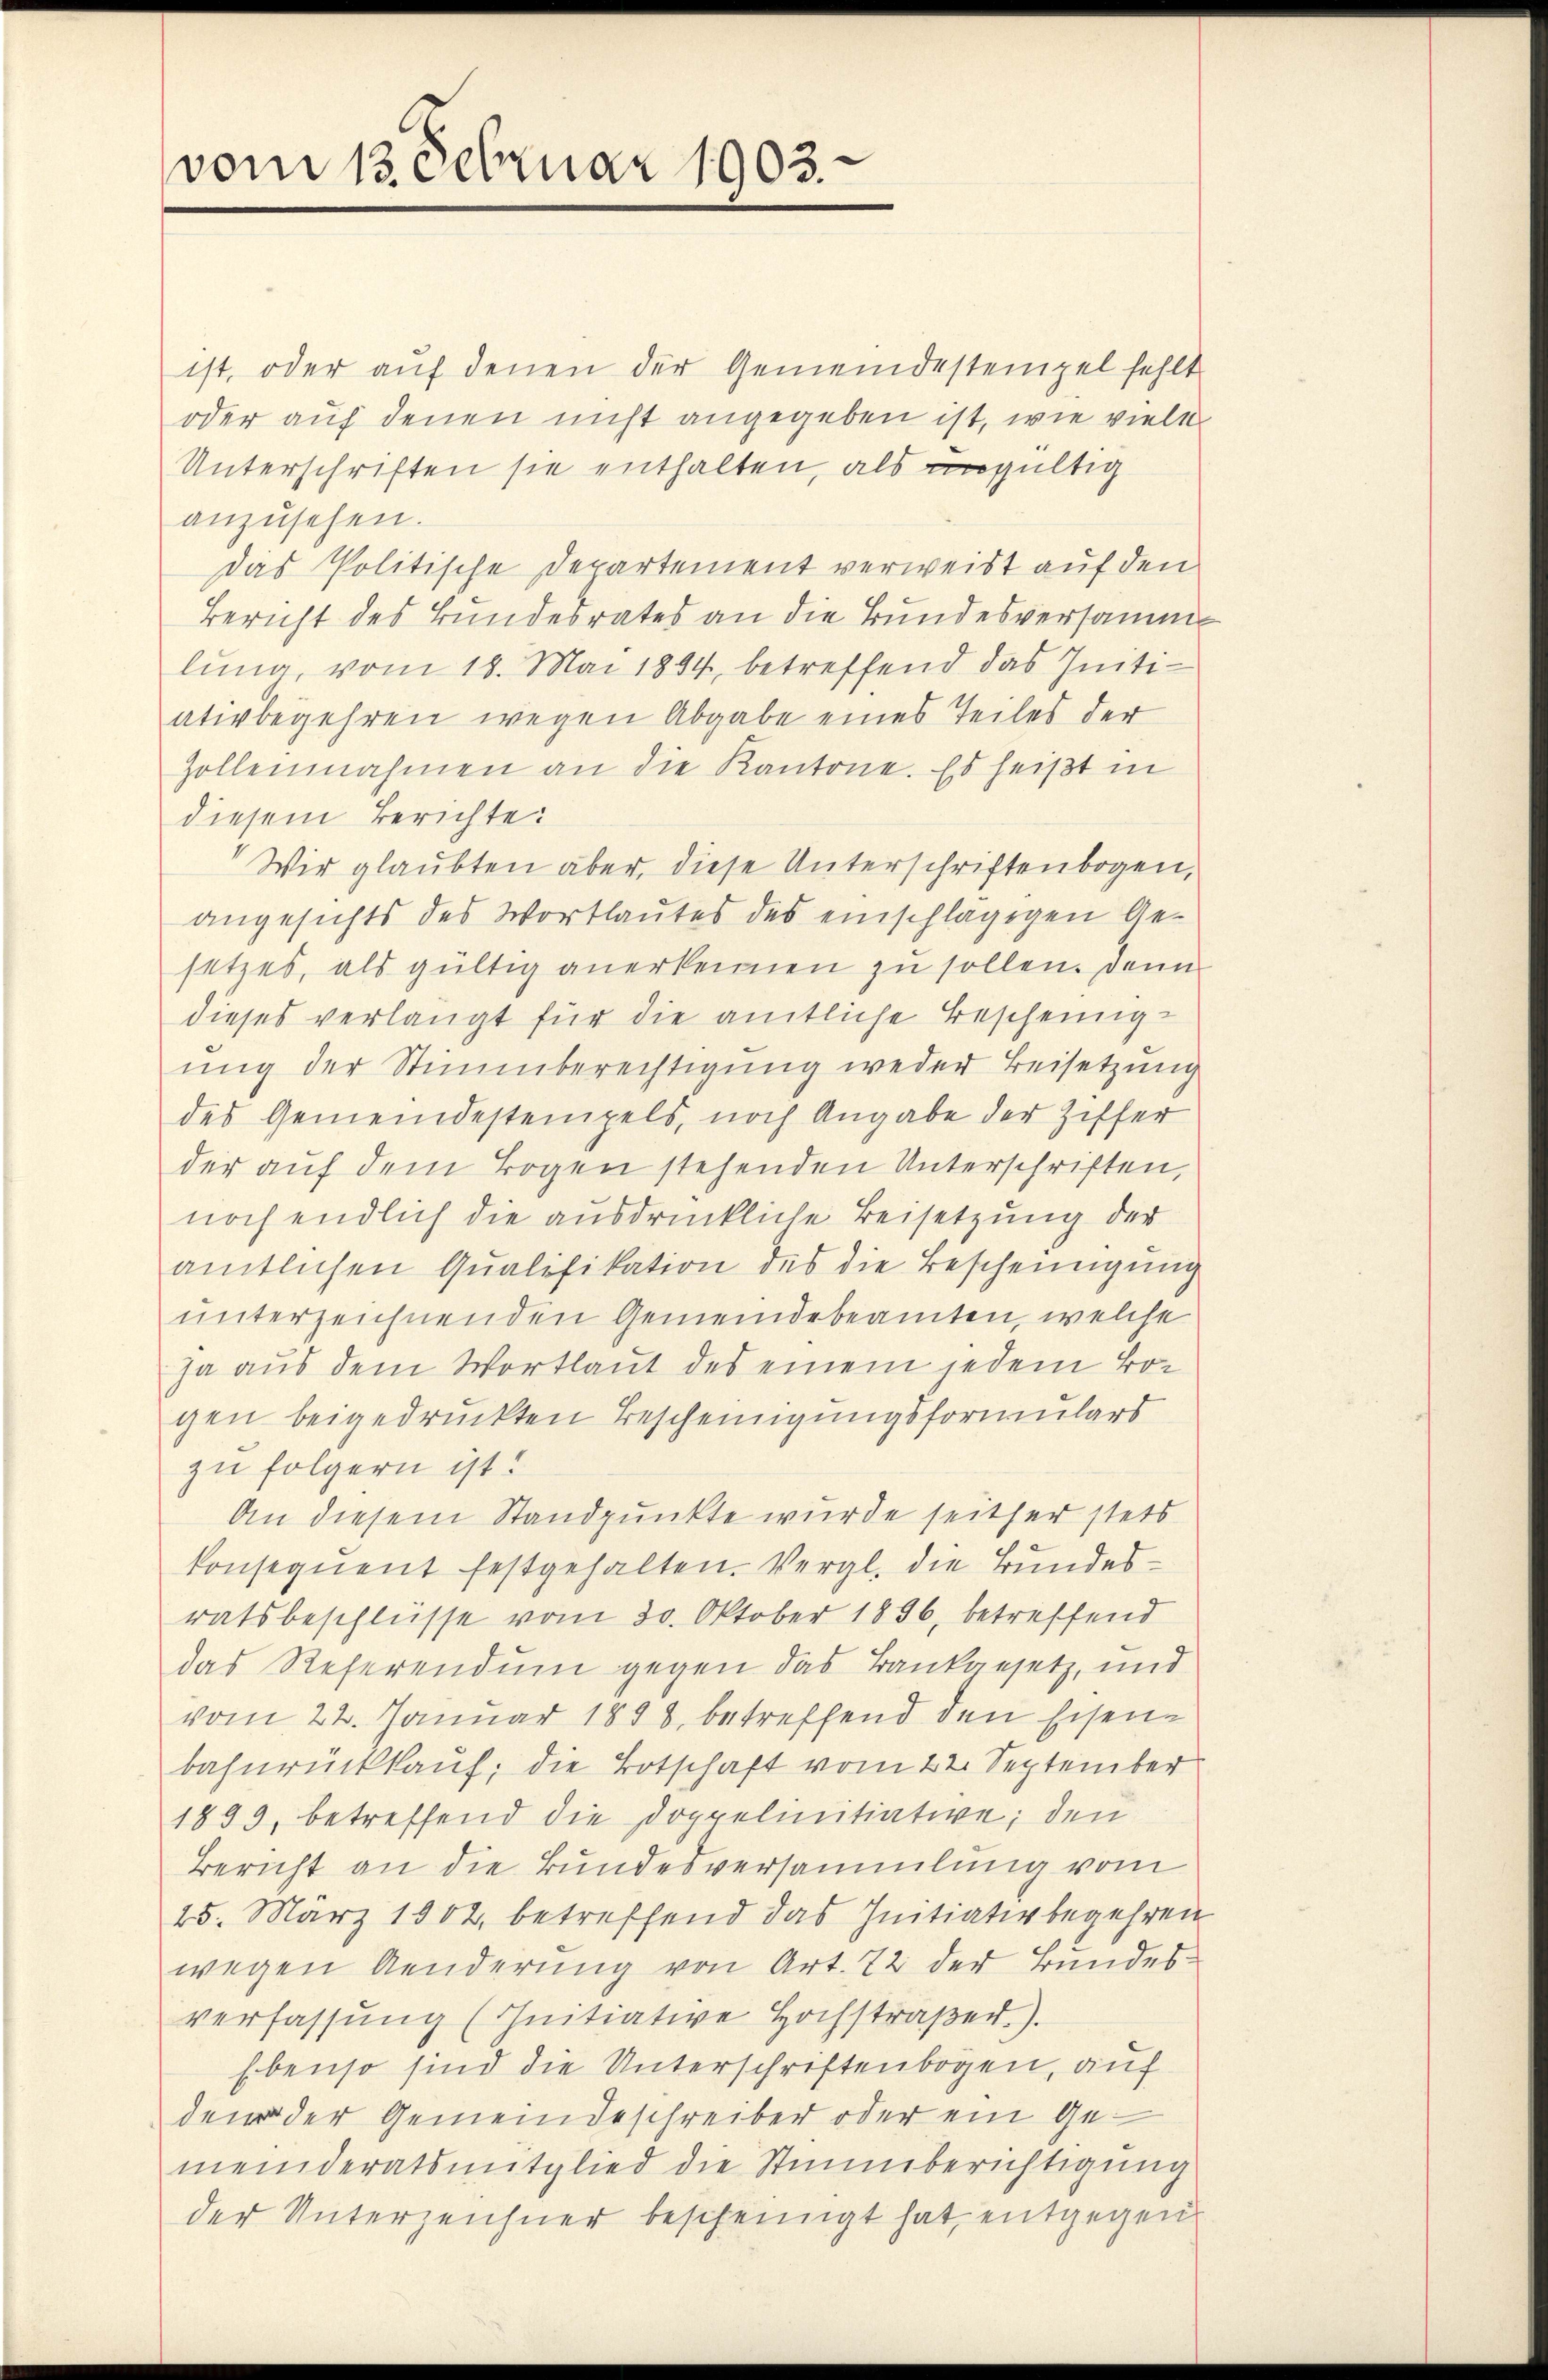
vom 13. Februar 1903.

ist, oder auf denen der Gemeindestempel fehlt
oder auf denen nicht angegeben ist, wie viele
Unterschriften sie enthalten, als ungültig
anzusehen.
Das Politische Departement verweist auf den
Bericht des Bundesrates an die Bundesversamme
lung, vom 18. Mai 1894, betreffend das Intiativbegehren wegen Abgabe eines Teiles der
Zollennahmen an die Kantone. Es heißt in
diesem Berichte:
Wir glaubten aber, diese Unterschriftenbogen,
angesichts des Wortlautes des einschlägigen Gesetzes, als gültig anerkennen zu sollen. Denn
dieses verlangt für die amtliche Bescheinigŭng der Stimmberechtigung weder Beisetzung
des Gemeindestempels, noch Angabe der Ziffer
der aŭf dem Bogen stehenden Unterschriften,
noch endlich die ausdrückliche Beisetzung der
amtlichen Qualifikation des die Bescheinigung
unterzeichnenden Gemeindebeamten, welche
ja aus dem Wortlaut des einem jedem Bo-
gen beigedruckten Bescheinigungsformulars
zu folgern ist!
An diesem Standpunkte wurde seither stets
konsequent festgehalten. Vergl. die Bundesratsbeschlüsse vom 30. Oktober 1896, betreffend
das Referendum gegen das Bankgesetz, und
vom 22. Januar 1848, betreffend den Eisenbahnrückkauf; die Botschaft vom 22. September
1899, betreffend die Doppelinitiative; den
Bericht an die Bundesversammlung vom
25. März 1902, betreffend das Initiativbegehren
wegen Aenderung von Art. 72 der Bundesverfassŭng (Initiative Hochstraβen.).
Ebenso sind die Unterschriftenbogen, auf
dem der Gemeindeschreiber oder ein Gemeinderatsmitglied die Stimmberichtigung
der Unterzeichner bescheinigt hat, entgegen¬